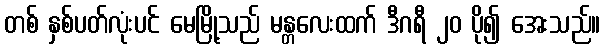
တစ် နှစ်ပတ်လုံးပင် မေမြို့သည် မန္တလေးထက် ဒီဂရီ ၂၀ ပို၍ အေးသည်။